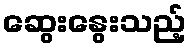
ဆွေးနွေးသည့်